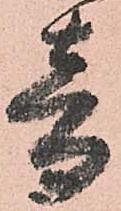
音